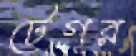
টেগর